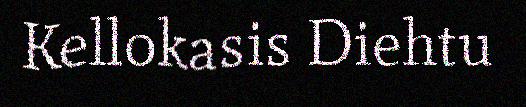
Kellokasis Diehtu